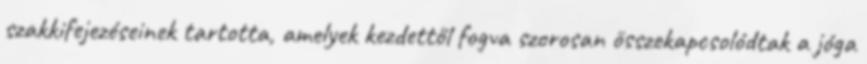
szakkifejezéseinek tartotta, amelyek kezdettől fogva szorosan összekapcsolódtak a jóga